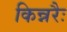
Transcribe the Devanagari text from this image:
किन्नरैः